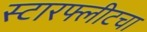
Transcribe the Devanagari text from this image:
स्टारफ्लीटचा